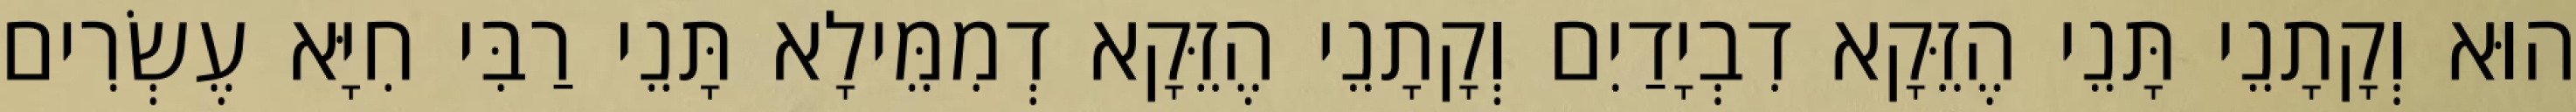
הוּא וְקָתָנֵי תָּנֵי הֶזֵּקָא דִבְיָדַיִם וְקָתָנֵי הֶזֵּקָא דְמִמֵּילָא תָּנֵי רַבִּי חִיָּא עֶשְׂרִים